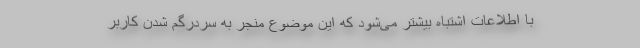
با اطلاعات اشتباه بیشتر می‌شود که این موضوع منجر به سردرگم شدن کاربر